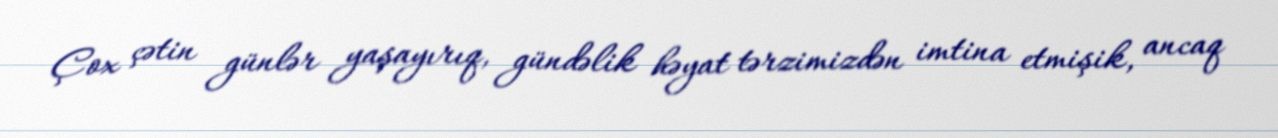
Çox çətin günlər yaşayırıq, gündəlik həyat tərzimizdən imtina etmişik, ancaq